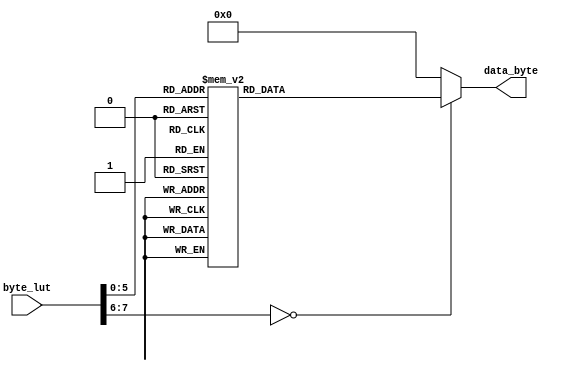
module reg_lut
(
input wire [7:0] byte_lut,
output reg [7:0] data_byte
);

always @ (*) begin
	case(byte_lut)
	
	//	Video Config Data
	0:	data_byte	=	8'h98; 
	1:	data_byte	=	8'h03;
	2:	data_byte	=	8'h01;
	3:	data_byte	=	8'h00;
	4:	data_byte	=	8'h02;
	5:	data_byte	=	8'h18;
	6:	data_byte	=	8'h03;
	7:	data_byte	=	8'h00;
	8:	data_byte	=	8'h14;
	9:	data_byte	=	8'h70;
	10:	data_byte	=	8'h15;
	11:	data_byte	=	8'h20;
	12:	data_byte	=	8'h16;
	13:	data_byte	=	8'h30;
	14:	data_byte	=	8'h18;
	15:	data_byte	=	8'h46;
	16:	data_byte	=	8'h40;
	17:	data_byte	=	8'h80;
	18:	data_byte	=	8'h41;
	19:	data_byte	=	8'h10;
	20:	data_byte	=	8'h49;
	21:	data_byte	=	8'hA8;
	22:	data_byte	=	8'h55;
	23:	data_byte	=	8'h10;
	24:	data_byte	=	8'h56;
	25:	data_byte	=	8'h08;
	26:	data_byte	=	8'h96;
	27:	data_byte	=	8'hF6;
	28:	data_byte	=	8'h73;
	29:	data_byte	=	8'h07;
	30:	data_byte	=	8'h76;
	31:	data_byte	=	8'h1F;
	32:	data_byte	=	8'h98;
	33:	data_byte	=	8'h03;
	34:	data_byte	=	8'h99;
	35:	data_byte	=	8'h02;
	36:	data_byte	=	8'h9A;
	37:	data_byte	=	8'hE0;
	38:	data_byte	=	8'h9C;
	39:	data_byte	=	8'h30;
	40:	data_byte	=	8'h9D;
	41:	data_byte	=	8'h61;
	42:	data_byte	=	8'hA2;
	43:	data_byte	=	8'hA4;
	44:	data_byte	=	8'hA3;
	45:	data_byte	=	8'hA4;
	46:	data_byte	=	8'hA5;
	47:	data_byte	=	8'h04;
	48:	data_byte	=	8'hAB;
	49:	data_byte	=	8'h40;
	50:	data_byte	=	8'hAF;
	51:	data_byte	=	8'h16;
	52:	data_byte	=	8'hBA;
	53:	data_byte	=	8'h60;
	54:	data_byte	=	8'hD1;
	55:	data_byte	=	8'hFF;
	56:	data_byte	=	8'hDE;
	57:	data_byte	=	8'h10;
	58:	data_byte	=	8'hE4;
	59:	data_byte	=	8'h60;
	60:	data_byte	=	8'hFA;
	61: data_byte	=	8'h7D;


	default:		data_byte	=	8'h00;
	endcase
end
/*
always @ (*) begin
	case (byte_lut)
		0			:	data_byte = 8'h98;
		1			:	data_byte = 8'h03;
		2			:	data_byte = 8'h9A;
		3			:	data_byte = 8'hE0;
		4			:	data_byte = 8'h9C;
		5			:	data_byte = 8'h30;
		6			:	data_byte = 8'h9D;
		7			:	data_byte = 8'h01;
		8			:	data_byte = 8'hA2;
		9			:	data_byte = 8'hA4;
		10			:	data_byte = 8'hA3;
		11			:	data_byte = 8'hA4;			
		12			:	data_byte = 8'hE0;
		13			:	data_byte = 8'hD0;
		14			:	data_byte = 8'hF9;
		15			:	data_byte = 8'h00;
		16			:	data_byte = 8'h15; // 24-bit RGB with separate sync
		17			:	data_byte = 8'h00;
		18			:	data_byte = 8'h16; // 4:4:4 RGB, 8-bit depth, rising edge input
		19			:	data_byte = 8'h30;
		20			:	data_byte = 8'h17; // select 4:3 aspect ratio
		21			:	data_byte = 8'h00;
		22			:	data_byte = 8'h18; // CSC disable
		23			:	data_byte = 8'h46;
		24			:	data_byte = 8'hAF; // set hdmi mode (HDCP?)
		25			:	data_byte = 8'h16;
		default	:	data_byte = 8'h00;
	endcase
end
*/

endmodule